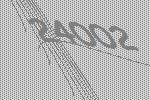
24002